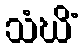
သံဃိံ